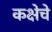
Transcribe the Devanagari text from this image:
कक्षेचे